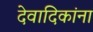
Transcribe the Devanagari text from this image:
देवादिकांना